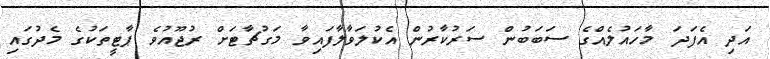
އަދި އެފަދަ މާހައުލެއްގެ ސަބަބުން ސަރުކާރުން އެކުލަވާލާފައިވާ މަގުޗާޓަށް ރުޖޫއުވެ ޕާޓީތަކުގެ މެދުގައި